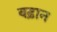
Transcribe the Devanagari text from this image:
बढ़ान